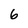
Character: 6